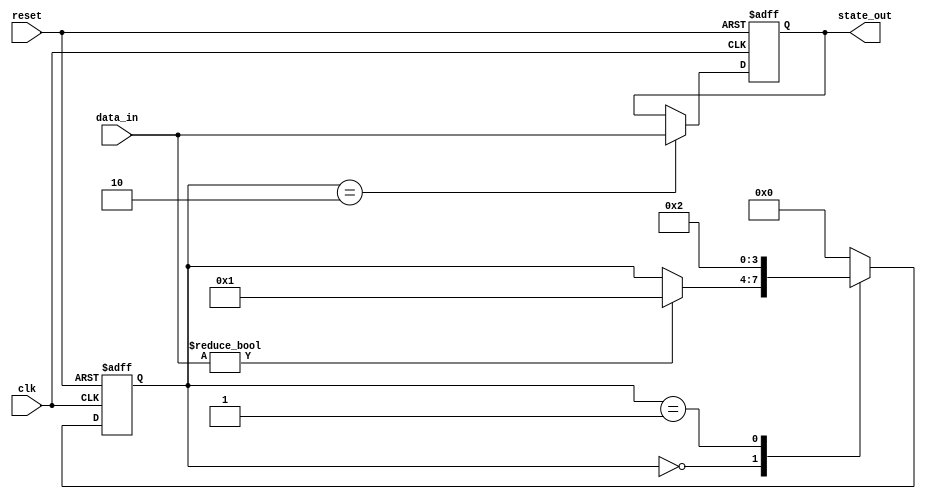
module negative_edge_sensitive_block (
    input wire clk,          // Clock signal
    input wire reset,        // Reset signal
    input wire [3:0] data_in, // Input data
    output reg [3:0] state_out // Output state
);

// State variable
reg [3:0] current_state;

// State encoding
parameter STATE_IDLE = 4'b0000;
parameter STATE_PROCESS = 4'b0001;
parameter STATE_DONE = 4'b0010;

// Always block sensitive to the negative edge of the clock
always @(negedge clk or negedge reset) begin
    if (!reset) begin
        // Reset condition
        current_state <= STATE_IDLE;
        state_out <= 4'b0000; // Output reset state
    end else begin
        // State management and conditional logic
        case (current_state)
            STATE_IDLE: begin
                if (data_in != 4'b0000) begin
                    current_state <= STATE_PROCESS; // Transition to PROCESS state
                end
            end
            
            STATE_PROCESS: begin
                // Example processing logic
                current_state <= STATE_DONE; // Transition to DONE state
            end
            
            STATE_DONE: begin
                // Output assignment based on the current state
                state_out <= data_in; // Assign input data to output
                current_state <= STATE_IDLE; // Return to IDLE state
            end
            
            default: begin
                current_state <= STATE_IDLE; // Default to IDLE state
            end
        endcase
    end
end

endmodule